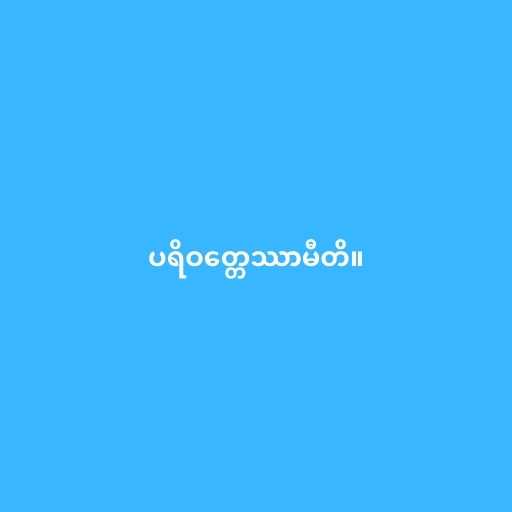
ပရိဝတ္တေဿာမီတိ။